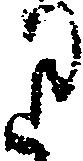
り